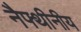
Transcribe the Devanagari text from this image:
नैफ्थीनीय